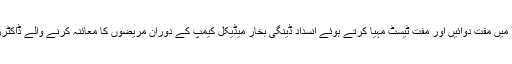
7 میں مفت دوائیں اور مفت ٹیسٹ مہیا کرتے ہوئے انسداد ڈینگی بخار میڈیکل کیمپ کے دوران مریضوں کا معائنہ کرنے والے ڈاکٹرز۔